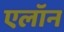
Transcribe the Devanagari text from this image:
एलॉन